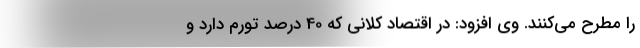
را مطرح می‌کنند. وی افزود: در اقتصاد کلانی که 40 درصد تورم دارد و